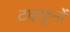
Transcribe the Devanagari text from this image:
टाइफूनों